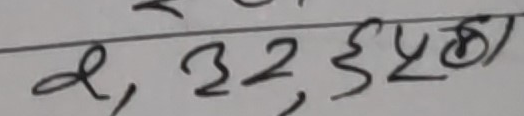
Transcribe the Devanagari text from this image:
२, ३२, ६५छ